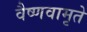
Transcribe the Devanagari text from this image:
वैष्णवामृते